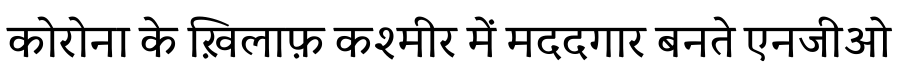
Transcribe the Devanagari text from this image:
कोरोना के ख़िलाफ़ कश्मीर में मददगार बनते एनजीओ